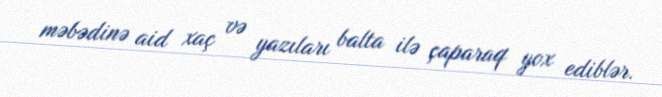
məbədinə aid xaç və yazıları balta ilə çaparaq yox ediblər.